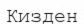
Кизден